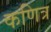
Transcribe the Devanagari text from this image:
कणित्र